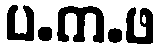
ပ.က.ဖ